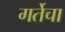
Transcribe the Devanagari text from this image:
गर्तेचा